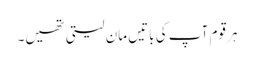
ہر قوم آپ کی باتیں مان لیتی تھیں۔